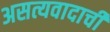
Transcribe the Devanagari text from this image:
असत्यवादाची